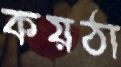
কয়ঠা